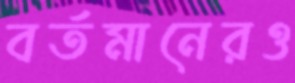
বর্তমানেরও